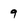
Character: 9